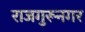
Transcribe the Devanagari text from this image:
राजगुरूनगर